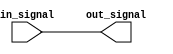
module buffer(
    input wire in_signal,
    output reg out_signal
);

always @ (in_signal) begin
    out_signal = in_signal;
end

endmodule